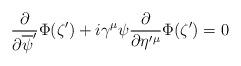
LaTeX: \begin{align*}\frac{\partial }{\partial \overline{\psi}'}\Phi(\zeta')+i\gamma^{\mu}\psi\frac{\partial }{\partial \eta'{}^{\mu}}\Phi(\zeta')=0\end{align*}